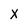
Character: X